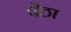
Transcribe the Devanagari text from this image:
पेंठा